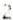
2